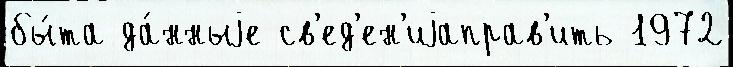
бы́та да́нныjе св'ед'ен'иjаправ'ить 1972